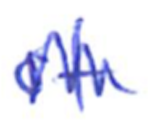
Text: of
Cross-out: zig-zag
Writing tool: ballpoint